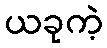
ယခုကဲ့